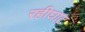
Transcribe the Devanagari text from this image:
रहीघाट